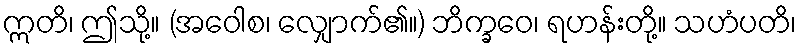
ဣတိ၊ ဤသို့။ (အဝေါစ၊ လျှောက်၏။) ဘိက္ခဝေ၊ ရဟန်းတို့။ သဟံပတိ၊